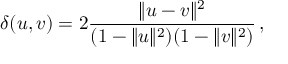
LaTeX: \delta ( u , v ) = 2 { \frac { \lVert u - v \rVert ^ { 2 } } { ( 1 - \lVert u \rVert ^ { 2 } ) ( 1 - \lVert v \rVert ^ { 2 } ) } } \, ,